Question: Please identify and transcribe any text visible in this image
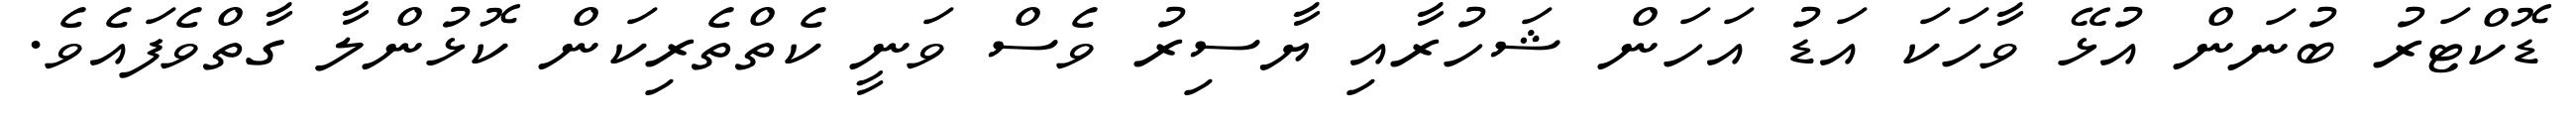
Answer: ޑޮކްޓަރު ބުނަން އުޅޭ ވާހަކަ އަޑު އަހަން ޝަހުރާއި ޔާސިރު ވެސް ވަނީ ކެތްތެރިކަން ކޮޅުންލާ ގާތްވެފައެވެ.